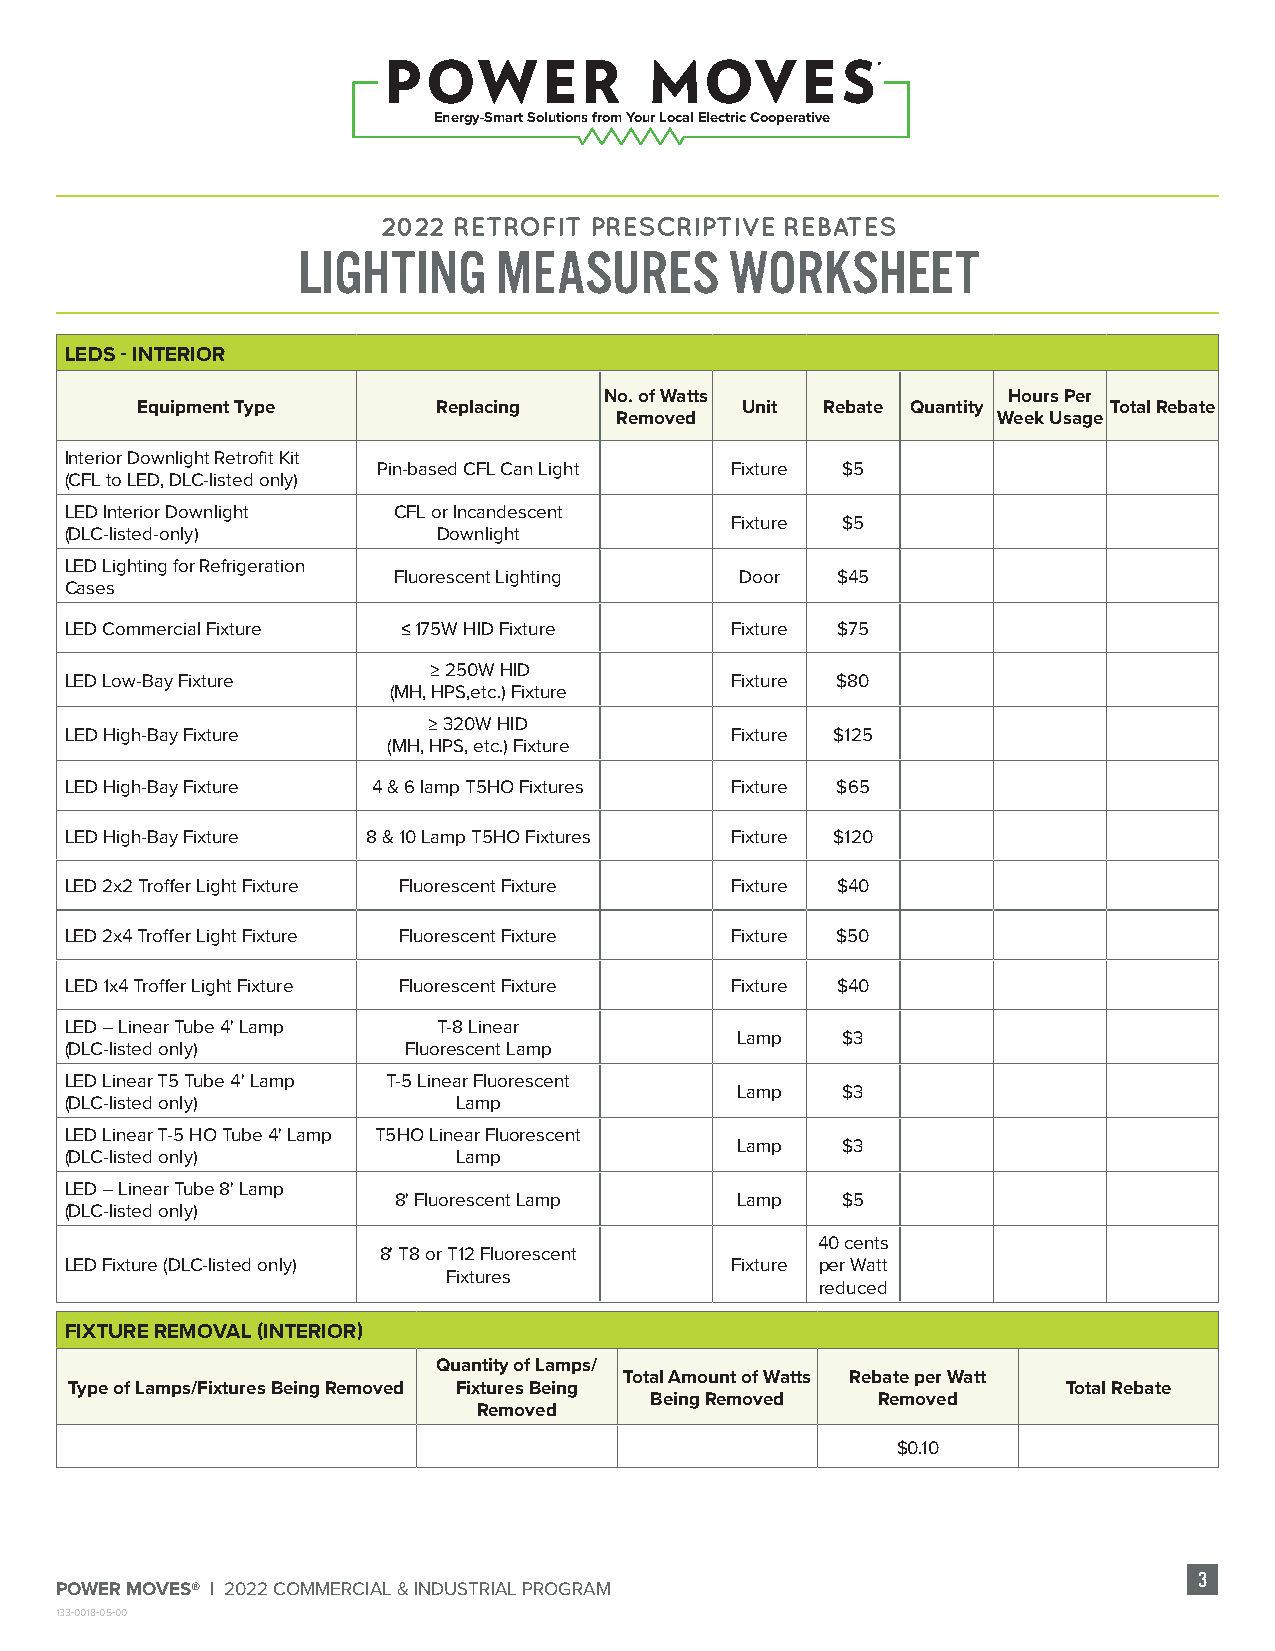
Energy-Smart Solutions from Your Local Electric Cooperative
 2022 RETROFIT PRESCRIPTIVE REBATES
 LIGHTING     MEASURES       WORKSHEET
 LEDS - INTERIOR
 No. of Watts               Hours Per
 Equipment Type      Replacing           Unit  Rebate Quantity   Total Rebate
 Removed                  Week Usage
 Interior Downlight Retrofit Kit
 Pin-based CFL Can Light Fixture $5
 (CFL to LED, DLC-listed only)
 LED Interior Downlight CFL or Incandescent
 Fixture $5
 (DLC-listed-only)        Downlight
 LED Lighting for Refrigeration
 Fluorescent Lighting   Door  $45
 Cases
 LED Commercial Fixture ≤ 175W HID Fixture   Fixture $75
 ≥ 250W HID
 LED Low-Bay Fixture                         Fixture $80
 (MH, HPS,etc.) Fixture
 ≥ 320W HID
 LED High-Bay Fixture                        Fixture $125
 (MH, HPS, etc.) Fixture
 LED High-Bay Fixture 4 & 6 lamp T5HO Fixtures Fixture $65
 LED High-Bay Fixture 8 & 10 Lamp T5HO Fixtures Fixture $120
 LED 2x2 Troffer Light Fixture Fluorescent Fixture Fixture $40
 LED 2x4 Troffer Light Fixture Fluorescent Fixture Fixture $50
 LED 1x4 Troffer Light Fixture Fluorescent Fixture Fixture $40
 LED – Linear Tube 4' Lamp T-8 Linear
 Lamp   $3
 (DLC-listed only)      Fluorescent Lamp
 LED Linear T5 Tube 4' Lamp T-5 Linear Fluorescent
 Lamp   $3
 (DLC-listed only)         Lamp
 LED Linear T-5 HO Tube 4' Lamp T5HO Linear Fluorescent
 Lamp   $3
 (DLC-listed only)         Lamp
 LED – Linear Tube 8' Lamp
 8' Fluorescent Lamp    Lamp   $5
 (DLC-listed only)
 40 cents
 8' T8 or T12 Fluorescent
 LED Fixture (DLC-listed only)               Fixture per Watt
 Fixtures
 reduced
 FIXTURE REMOVAL (INTERIOR)
 Quantity of Lamps/
 Total Amount of Watts Rebate per Watt
 Type of Lamps/Fixtures Being Removed Fixtures Being               Total Rebate
 Being Removed  Removed
 Removed
 $0.10
 3
 POWER MOVES® | 2022 COMMERCIAL & INDUSTRIAL PROGRAM
 133-0018-05-00